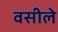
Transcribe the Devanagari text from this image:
वसीले